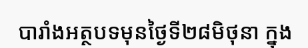
បារាំងអត្ថបទមុនថ្ងៃទី២៨មិថុនា ក្នុង